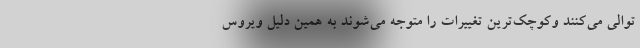
توالی می‌کنند وکوچک‌ترین تغییرات را متوجه می‌شوند به همین دلیل ویروس